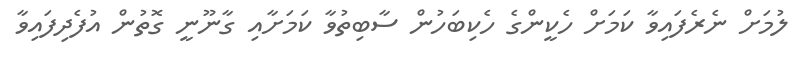
ލުމަށް ނެރެފައިވާ ކަމަށް ހެކީންގެ ހެކިބަހުން ސާބިިތުވާ ކަމަށާއި ގާނޫނީ ގޮތުން އުފެދިފައިވާ